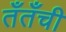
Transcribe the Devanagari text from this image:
तँतँची